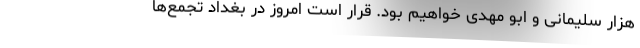
هزار سلیمانی و ابو مهدی خواهیم بود. قرار است امروز در بغداد تجمع‌ها